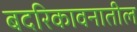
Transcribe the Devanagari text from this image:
बदरिकावनातील